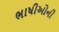
ભાષીઓની